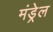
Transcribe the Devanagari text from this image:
मंड्रेल